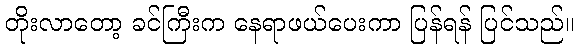
တိုးလာတော့ ခင်ကြီးက နေရာဖယ်ပေးကာ ပြန်ရန် ပြင်သည်။